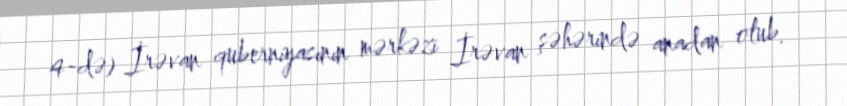
4-də) İrəvan quberniyasının mərkəzi İrəvan şəhərində anadan olub.